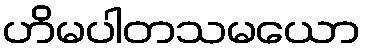
ဟိမပါတသမယော